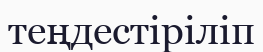
теңдестіріліп